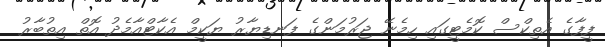
ފީފާގެ އެތިކްސް ކޮމެޓީގައި ހިމެނޭ ޖަރުމަންގެ ފަނޑިޔާރު ޔަކީމް އެކާޓްއާމެދު އޮތް އިތުބާރު